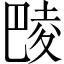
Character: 𱜞